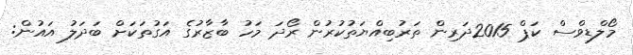
މޯލްޑިވްސް ކަޕް 2015ދަރިން ތަރުބިއްޔަތުކުރުން ރޯދަ މަހު ބާޒާރުގެ އަގުތަކަށް ބަދަލު އައުން: